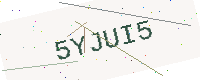
Text: 5YJUI5